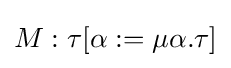
M:\tau [\alpha :=\mu \alpha .\tau ]